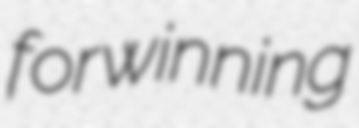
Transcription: for winning